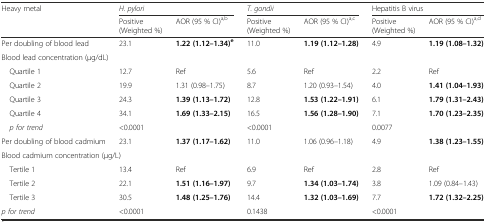
| <ROWSPAN=2> Heavy metal | <COLSPAN=2> H. pylori | <COLSPAN=2> T. gondii | <COLSPAN=2> Hepatitis B virus |
 | Positive (Weighted %) | AOR (95 % CI)a,b | Positive (Weighted %) | AOR (95 % CI)a,c | Positive (Weighted %) | AOR (95 % CI)a,d |
 | --- | --- | --- | --- | --- | --- | --- |
 | Per doubling of blood lead | 23.1 | 1.22 (1.12–1.34)e | 11.0 | 1.19 (1.12–1.28) | 4.9 | 1.19 (1.08–1.32) |
 | <COLSPAN=7> Blood lead concentration (μg/dL) |
 | Quartile 1 | 12.7 | Ref | 5.6 | Ref | 2.2 | Ref |
 | Quartile 2 | 19.9 | 1.31 (0.98–1.75) | 8.7 | 1.20 (0.93–1.54) | 4.0 | 1.41 (1.04–1.93) |
 | Quartile 3 | 24.3 | 1.39 (1.13–1.72) | 12.8 | 1.53 (1.22–1.91) | 6.1 | 1.79 (1.31–2.43) |
 | Quartile 4 | 34.1 | 1.69 (1.33–2.15) | 16.5 | 1.56 (1.28–1.90) | 7.1 | 1.70 (1.23–2.35) |
 | p for trend | <COLSPAN=2> <0.0001 | <COLSPAN=2> <0.0001 | <COLSPAN=2> 0.0077 |
 | Per doubling of blood cadmium | 23.1 | 1.37 (1.17–1.62) | 11.0 | 1.06 (0.96–1.18) | 4.9 | 1.38 (1.23–1.55) |
 | <COLSPAN=7> Blood cadmium concentration (μg/L) |
 | Tertile 1 | 13.4 | Ref | 6.9 | Ref | 2.8 | Ref |
 | Tertile 2 | 22.1 | 1.51 (1.16–1.97) | 9.7 | 1.34 (1.03–1.74) | 3.8 | 1.09 (0.84–1.43) |
 | Tertile 3 | 30.5 | 1.48 (1.25–1.76) | 14.4 | 1.32 (1.03–1.69) | 7.7 | 1.72 (1.32–2.25) |
 | p for trend | <COLSPAN=2> <0.0001 | <COLSPAN=2> 0.1438 | <COLSPAN=2> <0.0001 |